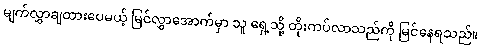
မျက်လွှာချထားပေမယ့် မြင်လွှာအောက်မှာ သူ ရှေ့သို့ တိုးကပ်လာသည်ကို မြင်နေရသည်။